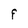
Character: F